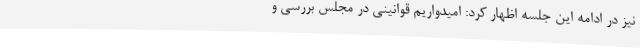
نیز در ادامه این جلسه اظهار کرد: امیدواریم قوانینی در مجلس بررسی و